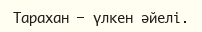
Тарахан — үлкен әйелі.